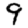
Digit: 9